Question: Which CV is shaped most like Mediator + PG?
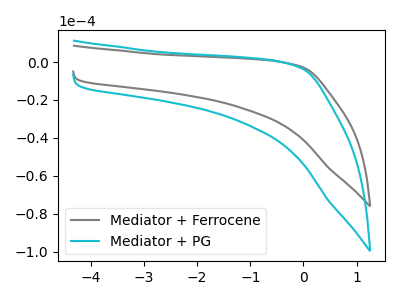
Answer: <think>The gray curve "Mediator + Ferrocene" has no peaks. The cyan curve "Mediator + PG" has no peaks.
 Neither "Mediator + Ferrocene" or "Mediator + PG" have any peaks.</think>
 <answer>The CV with the most similar shape to "Mediator + Ferrocene" is "Mediator + PG".</answer>
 <eval>"Mediator + PG"</eval>